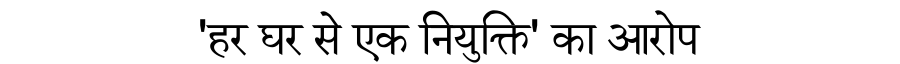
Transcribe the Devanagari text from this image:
'हर घर से एक नियुक्ति' का आरोप